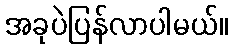
အခုပဲပြန်လာပါမယ်။